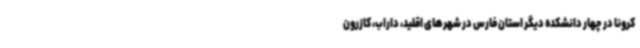
کرونا در چهار دانشکده دیگر استان فارس در شهرهای اقلید، داراب، کازرون